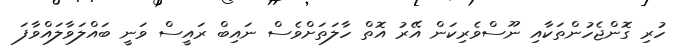
ހުރި ގޮންޖެހުންތަކާއި ނޫސްވެރިކަން އޭރު އޮތް ހާލަތަށްވެސް ނައިބް ރައީސް ވަނީ ބައްލަވާލައްވާފަ